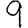
Digit: 9